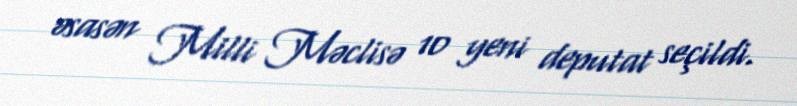
əsasən Milli Məclisə 10 yeni deputat seçildi.